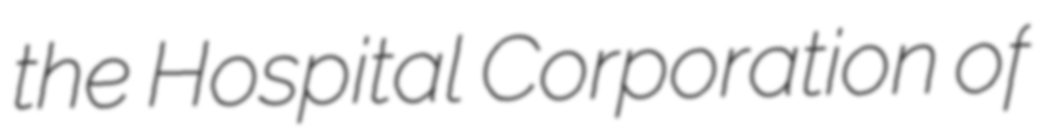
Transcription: the Hospital Corporation of